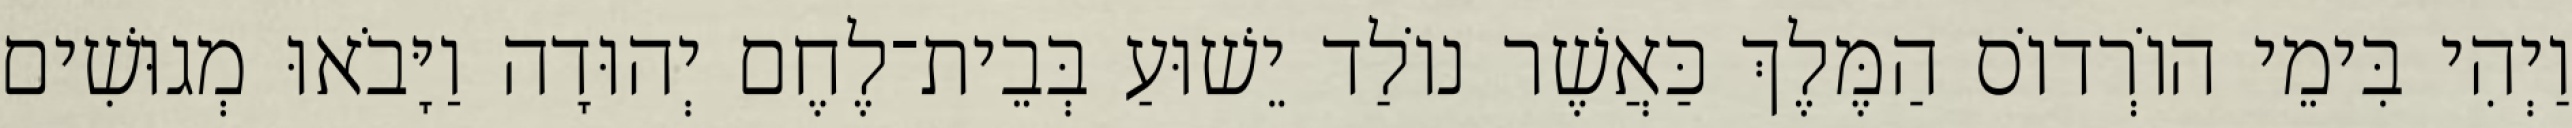
וַיְהִי בִּימֵי הוֹרְדוֹס הַמֶּלֶךְ כַּאֲשֶׁר נוֹלַד יֵשׁוּעַ בְּבֵית־לֶחֶם יְהוּדָה וַיָּבֹאוּ מְגוּשִׁים